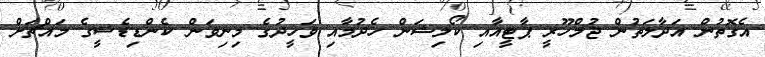
އެގޮތުން އަދާލަތުން ޖުމްހޫރީ ޕާޓީއާއި ކޯލިޝަން ހެދުމާއި ވަހީދުގެ މިނިވަން ކެންޑިޑެސީގެ މައްޗަށް